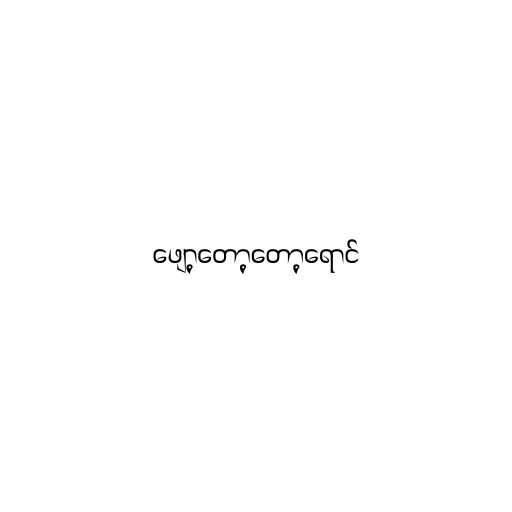
ဖျော့တော့တော့ရောင်